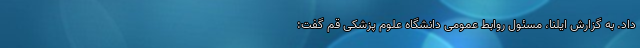
داد. به گزارش ایلنا، مسئول روابط عمومی دانشگاه علوم پزشکی قم گفت: